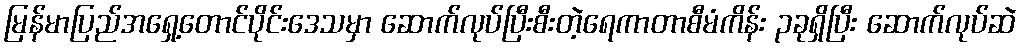
မြန်မာပြည်အရှေ့တောင်ပိုင်းဒေသမှာ ဆောက်လုပ်ပြီးစီးတဲ့ရေကာတာစီမံကိန်း ၃ခုရှိပြီး ဆောက်လုပ်ဆဲ